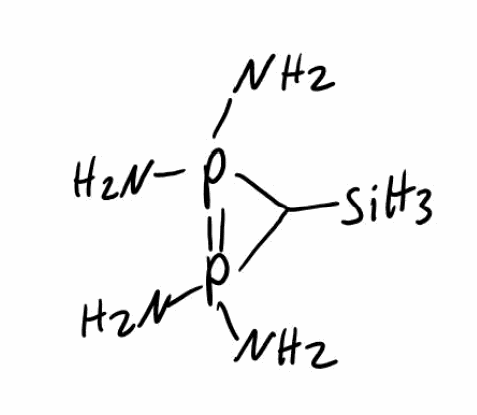
Simplified molecular-input line-entry system (SMILES) notation of the given molecule:
C1(P(=P1(N)N)(N)N)[SiH3]